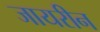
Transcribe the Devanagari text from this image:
जायरीन